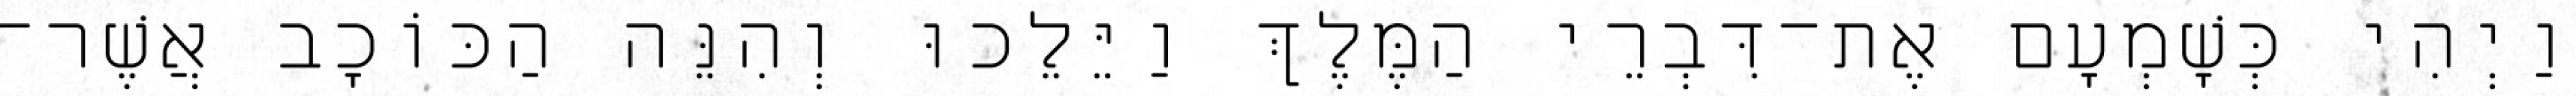
וַיְהִי כְּשָׁמְעָם אֶת־דִּבְרֵי הַמֶּלֶךְ וַיֵּלֵכוּ וְהִנֵּה הַכּוֹכָב אֲשֶׁר־